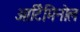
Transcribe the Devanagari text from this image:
आर्टिमिनोल